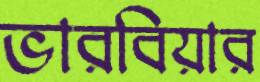
ভারবিয়ার